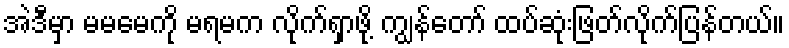
အဲဒီမှာ မမမေကို မရမက လိုက်ရှာဖို့ ကျွန်တော် ထပ်ဆုံးဖြတ်လိုက်ပြန်တယ်။